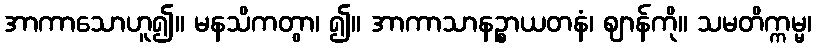
အာကာသောဟူ၍။ မနသိကတွာ၊ ၍။ အာကာသာနဉ္စာယတနံ၊ ဈာန်ကို။ သမတိက္ကမ္မ၊